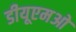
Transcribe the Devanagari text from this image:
डीयूएमओ